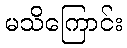
မသိကြောင်း